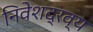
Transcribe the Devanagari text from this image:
निवेशद्रव्य